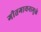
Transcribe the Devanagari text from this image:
गीतगायनामुळे